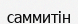
саммитін